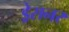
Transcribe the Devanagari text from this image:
ड्रेसनर